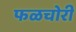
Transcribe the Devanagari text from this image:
फळचोरी